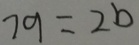
7 9 = 2 b